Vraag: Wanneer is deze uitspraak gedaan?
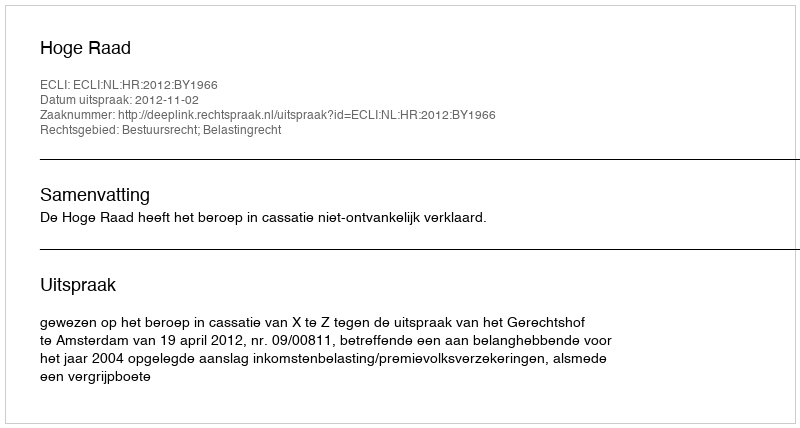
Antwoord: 2012-11-02